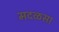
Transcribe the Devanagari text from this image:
मदळसा